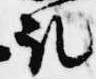
取